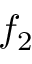
f _ { 2 }